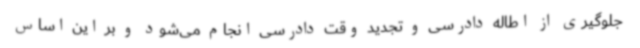
جلوگیری از اطاله دادرسی و تجدید وقت دادرسی انجام می‌شود و بر این اساس